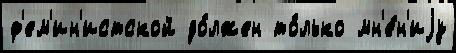
ф'ем'ин'истской до́лжен то́лько мн'е́н'иjу